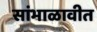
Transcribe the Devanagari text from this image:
सांभाळावीत